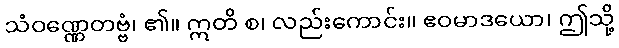
သံဝဏ္ဏေတဗ္ဗံ၊ ၏။ ဣတိ စ၊ လည်းကောင်း။ ဧဝမာဒယော၊ ဤသို့